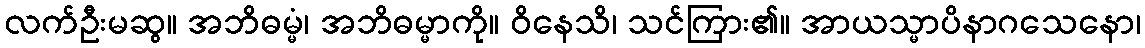
လက်ဦးမဆွ။ အဘိဓမ္မံ၊ အဘိဓမ္မာကို။ ဝိနေသိ၊ သင်ကြား၏။ အာယသ္မာပိနာဂသေနော၊